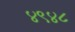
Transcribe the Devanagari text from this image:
४९४८